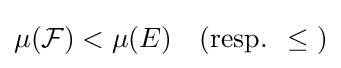
\mu ({\mathcal {F}})<\mu (E)\quad {\text{(resp. }}\leq {\text{)}}